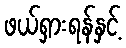
ဖယ်ရှားရန်နှင့်